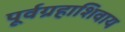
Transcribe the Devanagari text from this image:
पूर्वग्रहाशिवाय